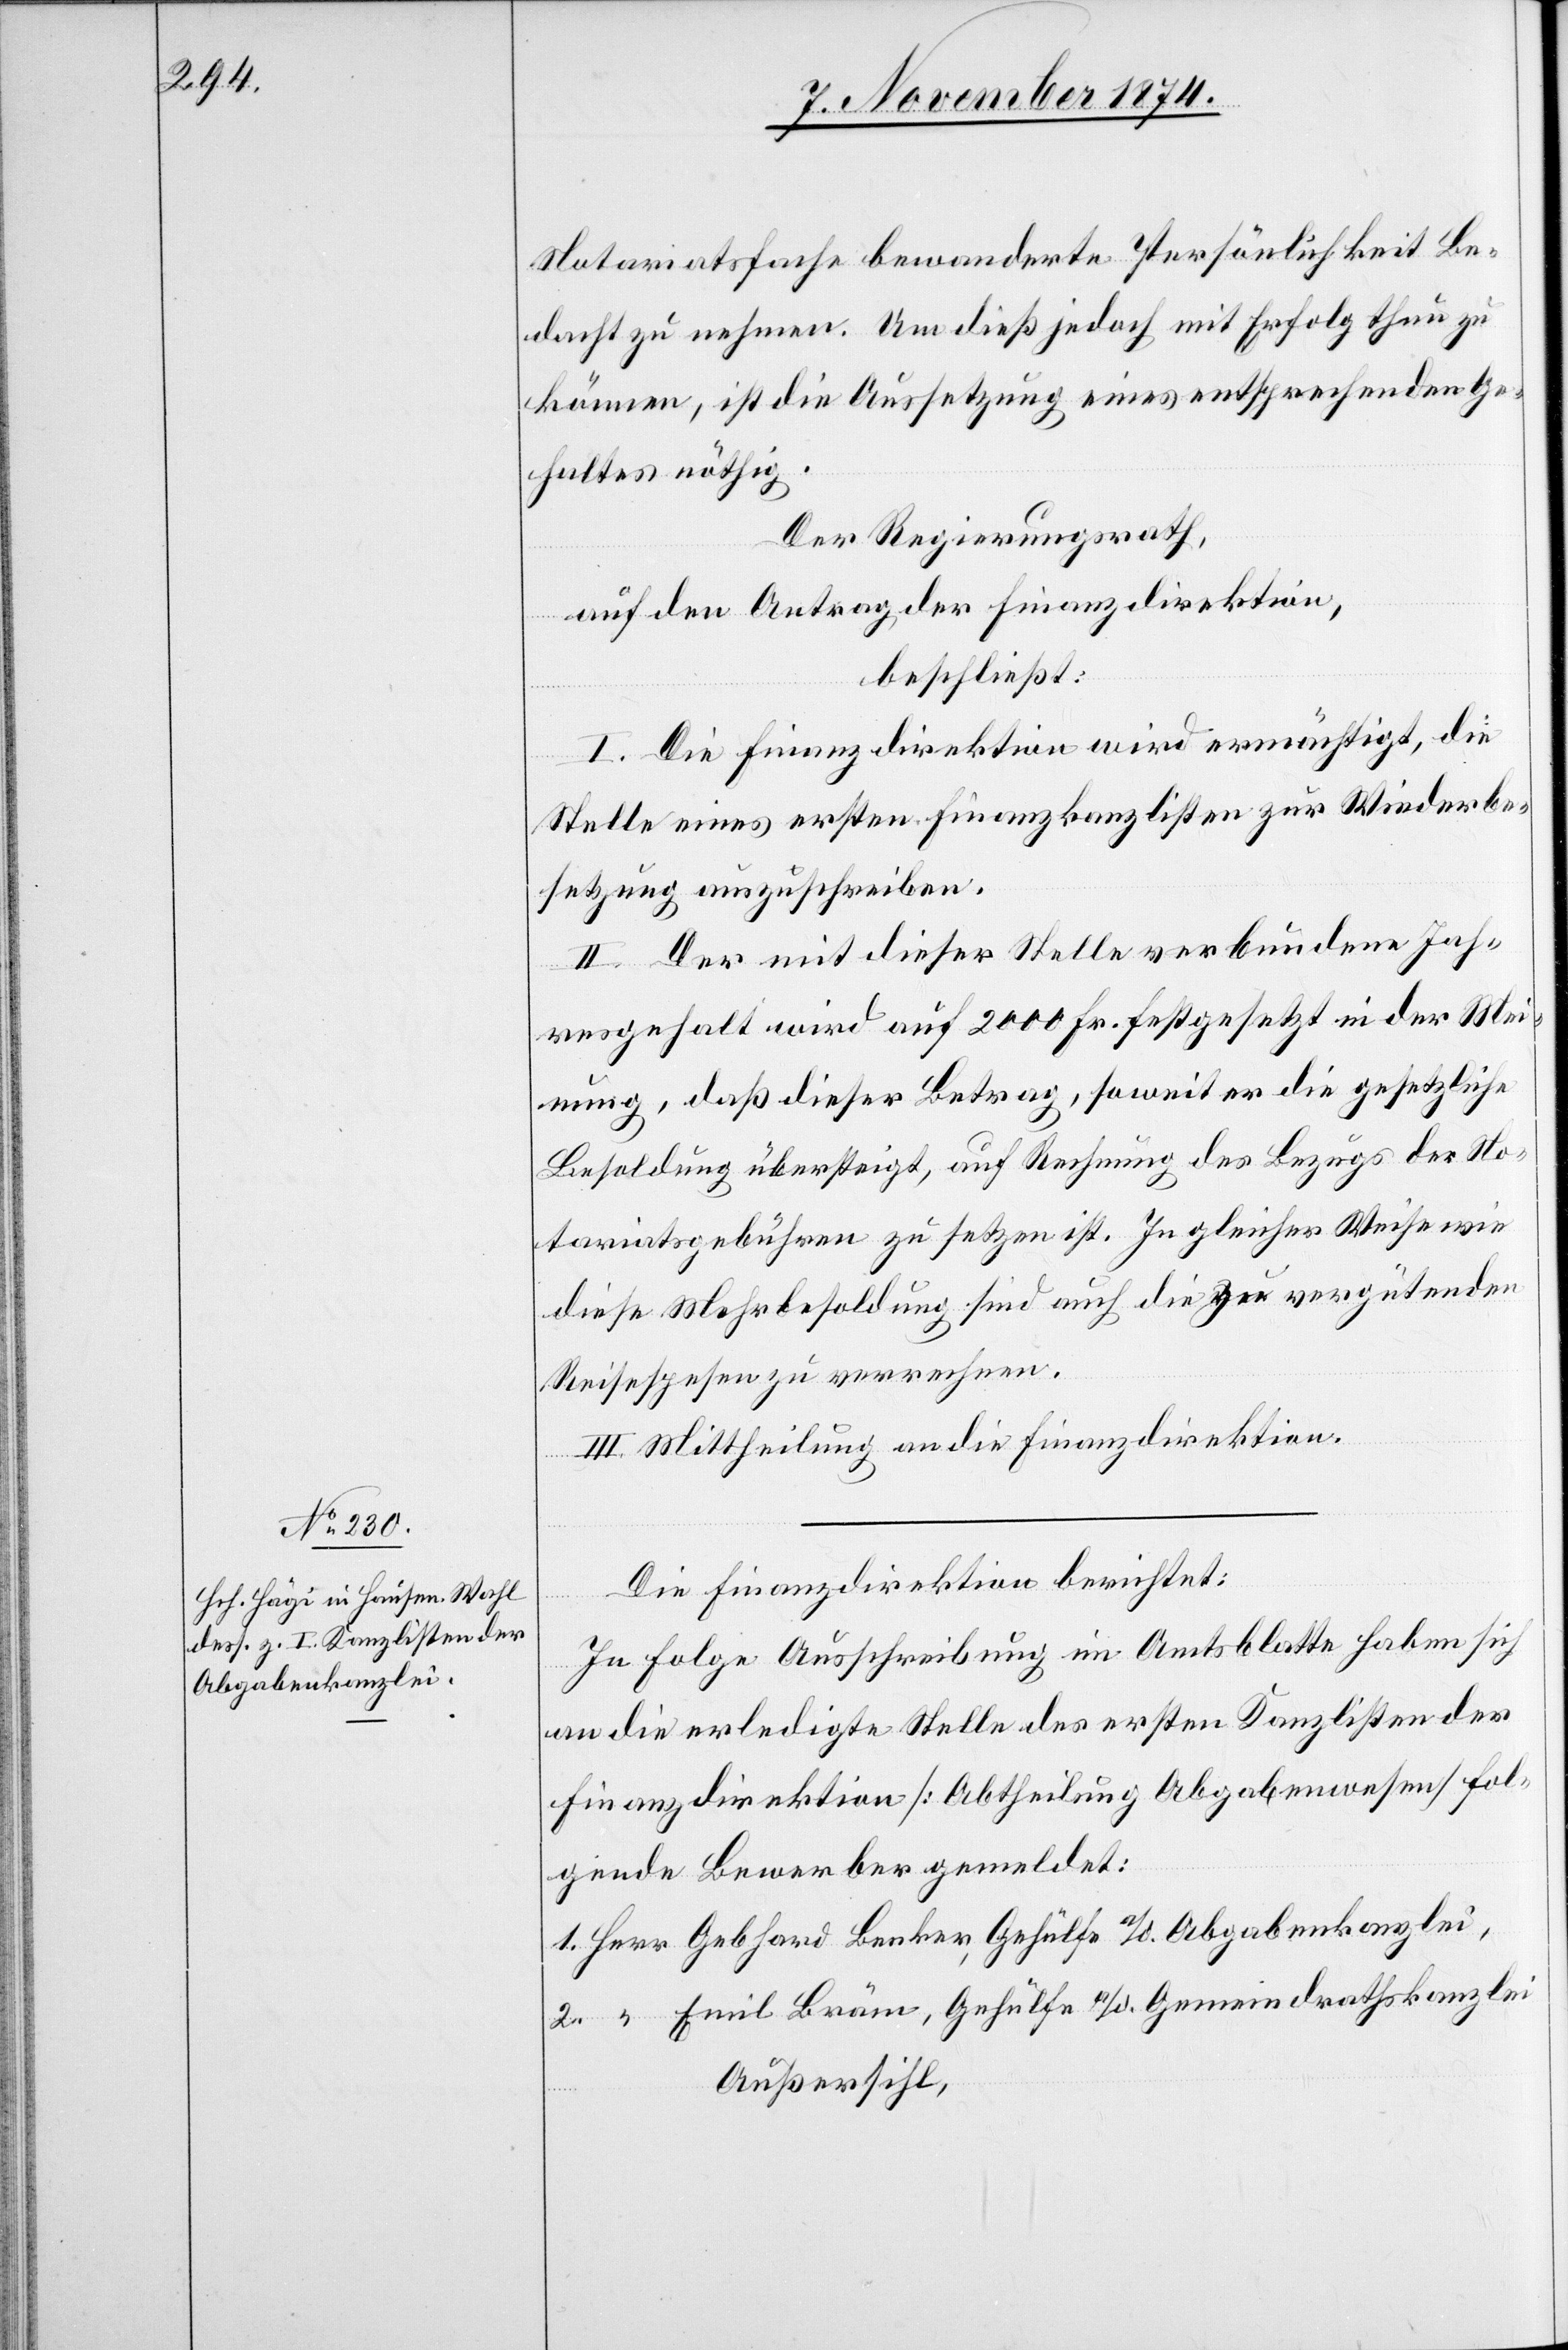
Notariatssache bewanderte Persönlichkeit Be¬
dacht zu nehmen. Um dieß jedoch mit Erfolg thun zu
können, ist die Aussetzung eines entsprechenden Ge¬
haltes nöthig.
Der Regierungsrath,
auf den Antrag der Finanzdirektion,
beschließt:
I. Die Finanzdirektion wird ermächtigt, die
Stelle eines ersten Finanzkanzlisten zur Wiederbe¬
setzung auszuschreiben.
II. Der mit dieser Stelle verbundene Jah¬
resgehalt wird auf 2000 Fr. festgesetzt in der Mei¬
nung, daß dieser Betrag, soweit er die gesetzliche
Besoldung übersteigt, auf Rechnung des Bezugs der No¬
tariatsgebühren zu setzen ist. In gleicher Weise wie
diese Mehrbesoldung sind auch die zu vergütenden
Reisespesen zu vernehmen.
III. Mittheilung an die Finanzdirektion.
Die Finanzdirektion berichtet:
In Folge Ausschreibung im Amtsblatte haben sich
an die erledigte Stelle des ersten Kanzlisten der
Finanzdirektion [Abtheilung Abgabenwesen] fol¬
gende Bewerber gemeldet:
1. Herr Gebhard Benker, Gehülfe a./o. Abgabenkanzlei,
2. “ Emil Bräm, Gehülfe a./ob. Gemeindrathskanzlei
Außersihl,